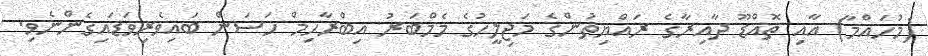
(މުހައްމާ) އާއި ތޮއްޑޫ ދާއިރާގެ ރައްޔިތުންގެ މަޖިލީހުގެ މެމްބަރު އިބްރާހިމް ހަސަން ބައިވެރިވަޑައިގެންނެވި.